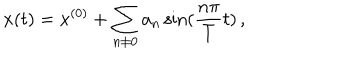
x ( t ) = x ^ { ( 0 ) } + \sum _ { n \neq 0 } a _ { n } \sin ( \frac { n \pi } { T } t ) \, , \nonumber